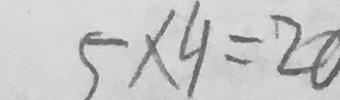
5 \times 4 = 2 0